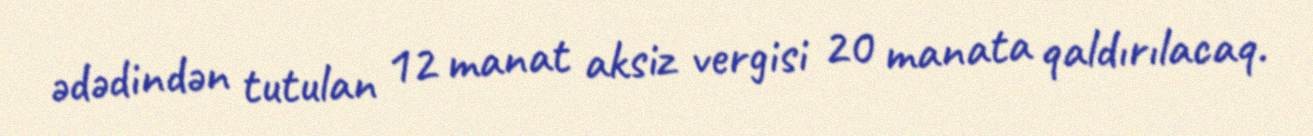
ədədindən tutulan 12 manat aksiz vergisi 20 manata qaldırılacaq.